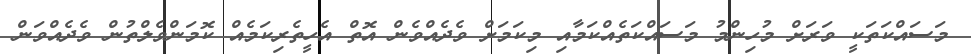
މަސައްކަތަކީ ވަރަށް މުހިންމު މަސައްކަތެއްކަމާއި މިކަމަށް ވެދެއްވެން އޮތް އެހީތެރިކަމެއް ކޮމަންވެލްތުން ވެދެއްވަން